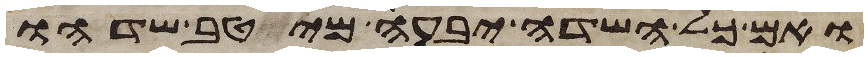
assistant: ואם כל השדה יבעה מיטב שדהו